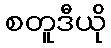
စတူဒီယို